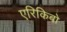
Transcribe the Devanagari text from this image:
एरिकिबो